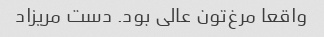
واقعا مرغ‌تون عالی بود. دست مریزاد